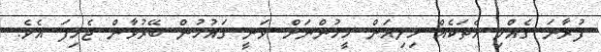
ފުރާނަ ގެއްލި އެތަކެއް މިލިއަން މީހުންނަށް ވަނީ ގައުމުން ބޭރުވާން ޖެހިފަ އެވެ.